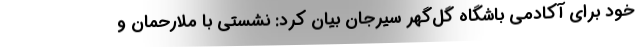
خود برای آکادمی باشگاه گل‌گهر سیرجان بیان کرد: نشستی با ملارحمان و